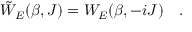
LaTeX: \tilde { W } _ { E } ( \beta , J ) = W _ { E } ( \beta , - i J ) ~ ~ ~ .